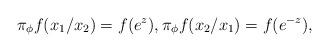
LaTeX: \begin{align*}\pi_{\phi} f(x_1/x_2)=f(e^z),\pi_{\phi} f(x_2/x_1)=f(e^{-z}),\end{align*}